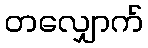
တလျှောက်